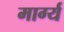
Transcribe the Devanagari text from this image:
मार्ग्य